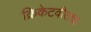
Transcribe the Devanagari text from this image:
क्रिकेटवीराचा